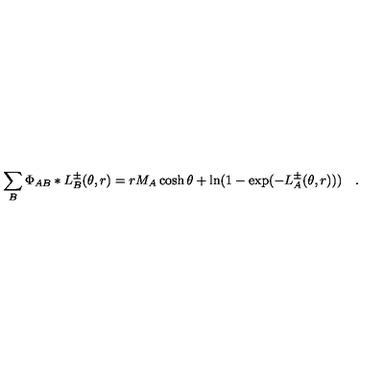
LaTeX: \sum _ { B } \Phi _ { A B } \ast L _ { B } ^ { \pm } ( \theta , r ) = r M _ { A } \cosh \theta + \ln ( 1 - \exp ( - L _ { A } ^ { \pm } ( \theta , r ) ) ) \quad .